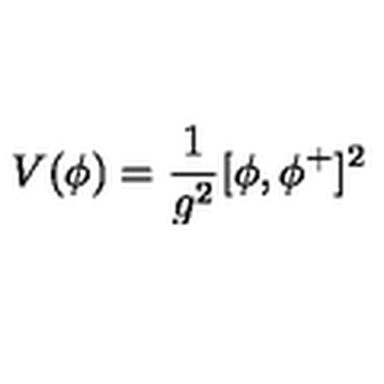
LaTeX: V ( \phi ) = { \frac { 1 } { g ^ { 2 } } } [ \phi , \phi ^ { + } ] ^ { 2 }